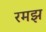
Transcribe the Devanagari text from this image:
रमझ